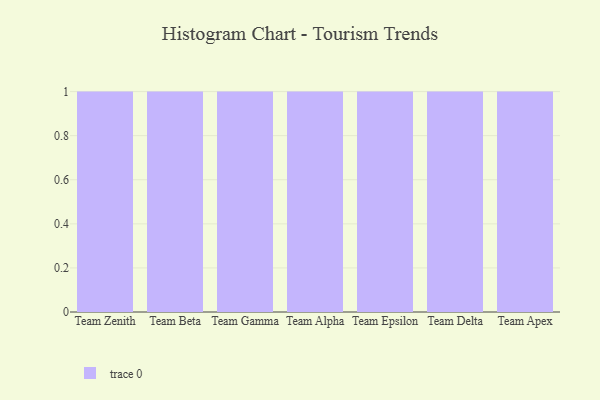
{"axis": {"x": "Team", "y": "Churn Rate (%)"}, "legend": [""], "data": [{"x": "Team Zenith", "y": 71, "type": ""}, {"x": "Team Beta", "y": 12, "type": ""}, {"x": "Team Gamma", "y": 59, "type": ""}, {"x": "Team Alpha", "y": 89, "type": ""}, {"x": "Team Epsilon", "y": 94, "type": ""}, {"x": "Team Delta", "y": 16, "type": ""}, {"x": "Team Apex", "y": 65, "type": ""}]}